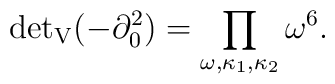
{\det}_{\rm V} (-\partial_0^2)= \prod_{\omega,\kappa_1,\kappa_2} \omega^6.